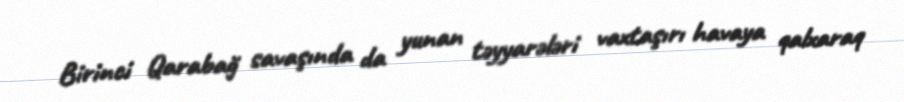
Birinci Qarabağ savaşında da yunan təyyarələri vaxtaşırı havaya qalxaraq